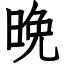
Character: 晚